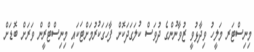
މިނިސްޓަރ މަލީހު ވިދާޅުވީ ޒުވާނުންގެ ދުވަސް ކުލަގަދަކޮށް ފާހަގަކުރުމަށްޓަކައި މިނިސްޓްރީން ވަރަށް ބޮޑަށް